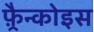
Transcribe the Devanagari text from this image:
फ़्रैन्कोइस